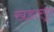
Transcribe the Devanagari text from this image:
खडारपूर